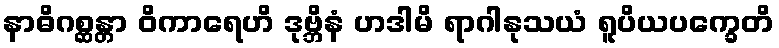
နာဓိဂစ္ဆန္တာ ဝိကာရေဟိ ဒုဗ္ဘိနံ ဟဒါမိ ရာဂါနုသယံ ရူပိယပက္ခေတိ